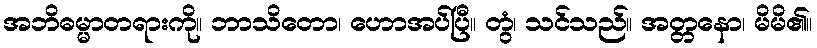
အဘိဓမ္မာတရားကို။ ဘာသိတော၊ ဟောအပ်ပြီ။ တွံ၊ သင်သည်။ အတ္တနော၊ မိမိ၏။